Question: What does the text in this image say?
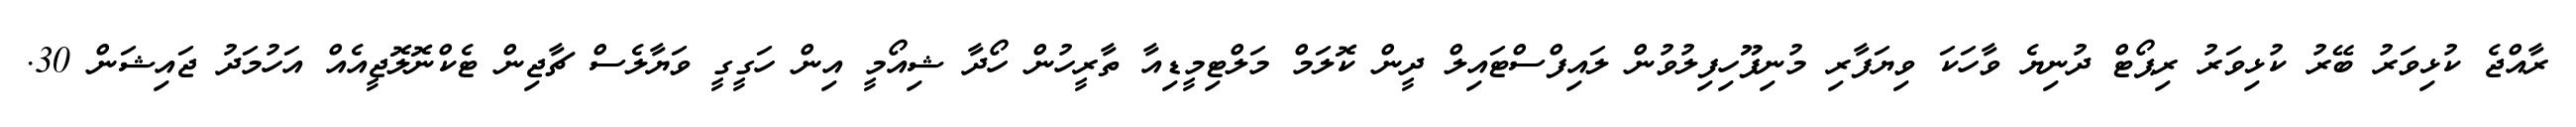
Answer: ރާއްޖެ ކުޅިވަރު ބޭރު ކުޅިވަރު ރިޕޯޓް ދުނިޔެ ވާހަކަ ވިޔަފާރި މުނިފޫހިފިލުވުން ލައިފްސްޓައިލް ދީން ކޮލަމް މަލްޓިމީޑިއާ ތާރީހުން ހޯދާ ޝިއޯމީ އިން ހަގީގީ ވަޔާލެސް ޗާޖިން ޓެކްނޮލޮޖީއެއް އަހުމަދު ޖައިޝަން 30.